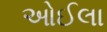
ઓઈલા